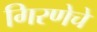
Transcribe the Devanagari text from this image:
गिरणेचे